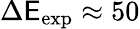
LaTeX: \Delta\mathsf{E}_{\mathrm{{exp}}}\approx50